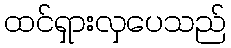
ထင်ရှားလှပေသည်